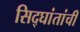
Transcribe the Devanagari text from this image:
सिद्घांतांची